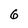
Character: 6